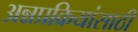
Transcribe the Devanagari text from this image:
अन्नप्रक्रियांसाठी